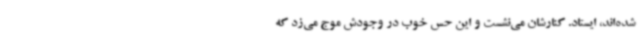
شده‌اند، ایستاد. کنارشان می‌نشست و این حس خوب در وجودش موج می‌زد که